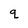
Character: q